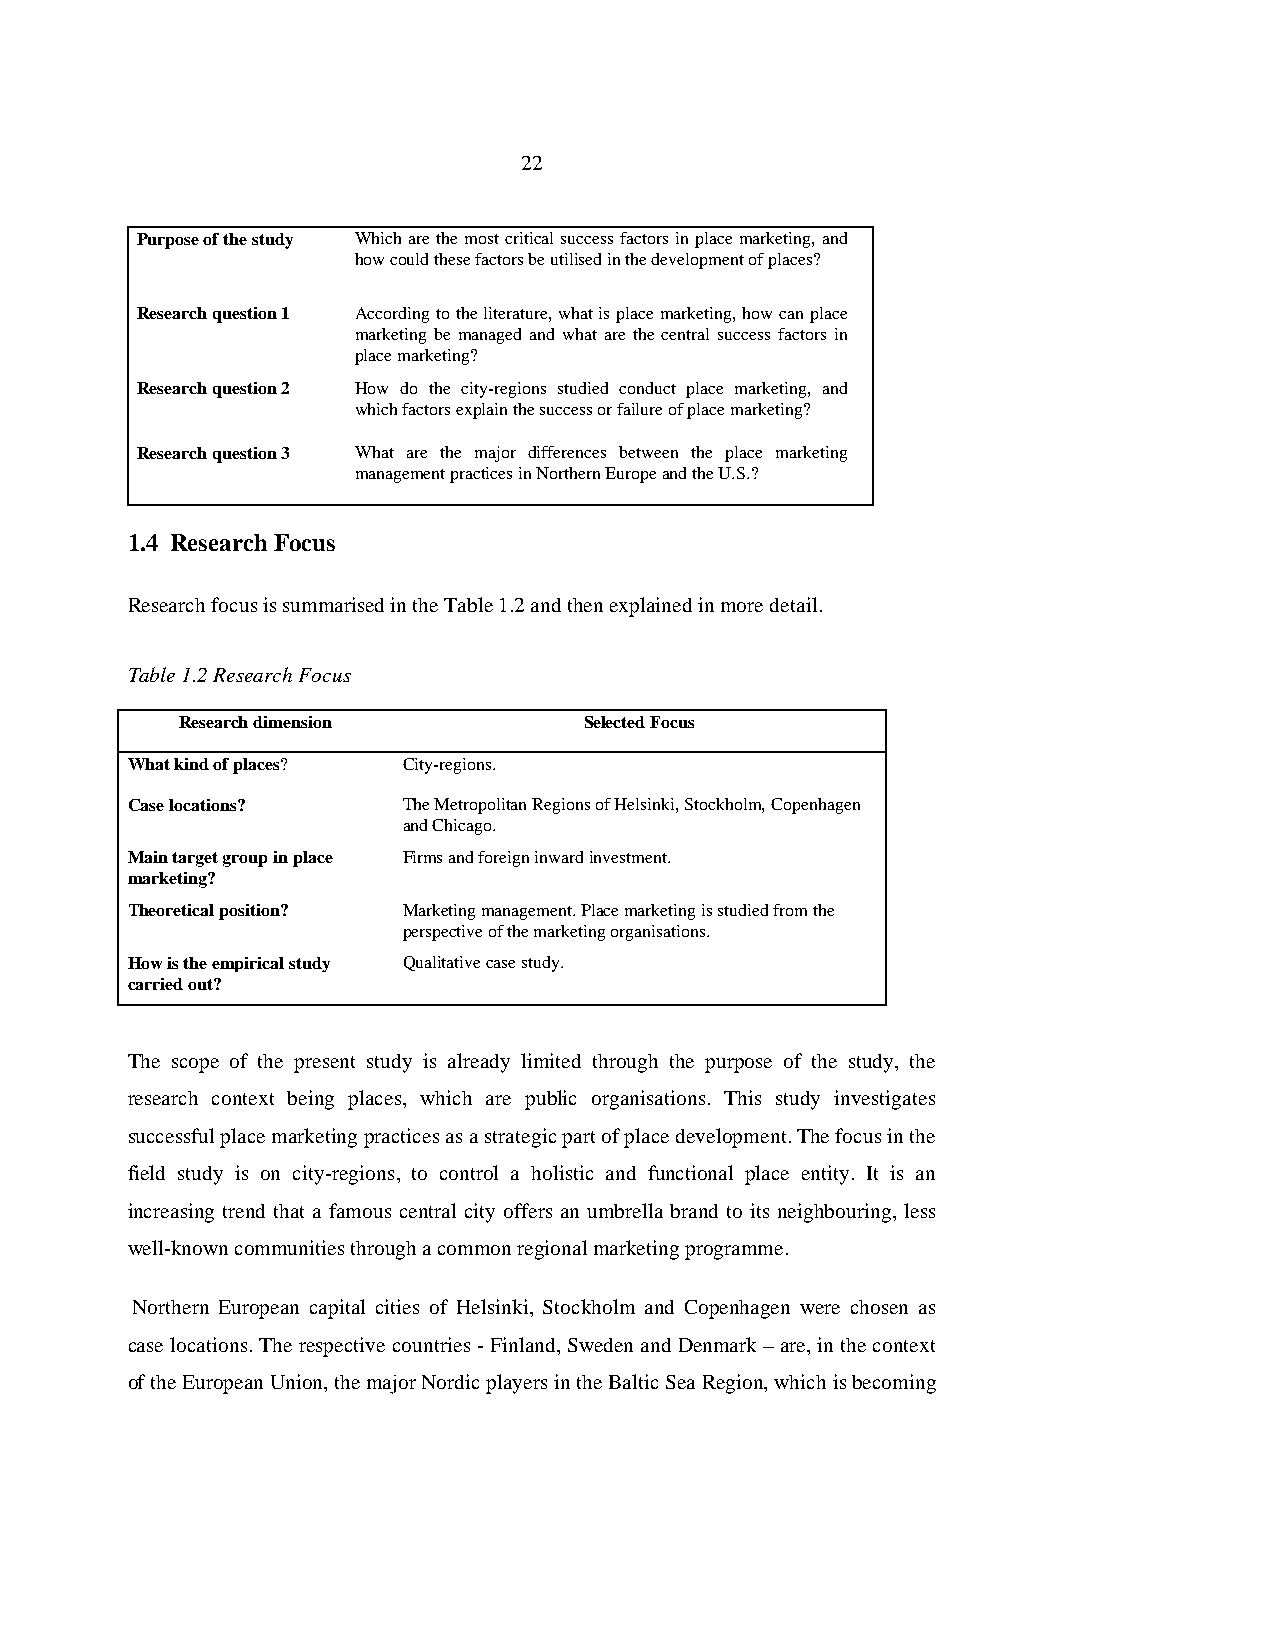
22
 Purpose of the study Which are the most critical success factors in place marketing, and
 how could these factors be utilised in the development of places?
 Research question 1 According to the literature, what is place marketing, how can place
 marketing be managed and what are the central success factors in
 place marketing?
 Research question 2 How do the city-regions studied conduct place marketing, and
 which factors explain the success or failure of place marketing?
 Research question 3 What are the major differences between the place marketing
 management practices in Northern Europe and the U.S.?
 1.4 Research Focus
 Research focus is summarised in the Table 1.2 and then explained in more detail.
 Table 1.2 Research Focus
 Research dimension         Selected Focus
 What kind of places? City-regions.
 Case locations?    The Metropolitan Regions of Helsinki, Stockholm, Copenhagen
 and Chicago.
 Main target group in place Firms and foreign inward investment.
 marketing?
 Theoretical position? Marketing management. Place marketing is studied from the
 perspective of the marketing organisations.
 How is the empirical study Qualitative case study.
 carried out?
 The scope of the present study is already limited through the purpose of the study, the
 research context being places, which are public organisations. This study investigates
 successful place marketing practices as a strategic part of place development. The focus in the
 field study is on city-regions, to control a holistic and functional place entity. It is an
 increasing trend that a famous central city offers an umbrella brand to its neighbouring, less
 well-known communities through a common regional marketing programme.
 Northern European capital cities of Helsinki, Stockholm and Copenhagen were chosen as
 case locations. The respective countries - Finland, Sweden and Denmark – are, in the context
 of the European Union, the major Nordic players in the Baltic Sea Region, which is becoming